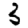
Digit: 3